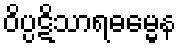
ဝိပ္ပဋိသာရဓမ္မေန